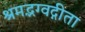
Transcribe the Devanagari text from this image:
श्रमद्भग्वद्गीता